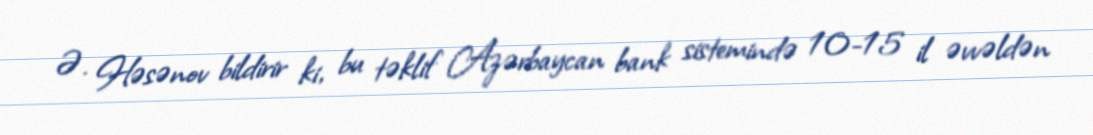
Ə. Həsənov bildirir ki, bu təklif Azərbaycan bank sistemində 10-15 il əvvəldən